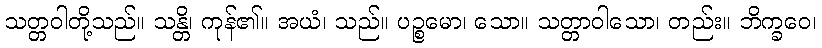
သတ္တဝါတို့သည်။ သန္တိ၊ ကုန်၏။ အယံ၊ သည်။ ပဉ္စမော၊ သော။ သတ္တာဝါသော၊ တည်း။ ဘိက္ခဝေ၊